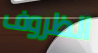
الظروف